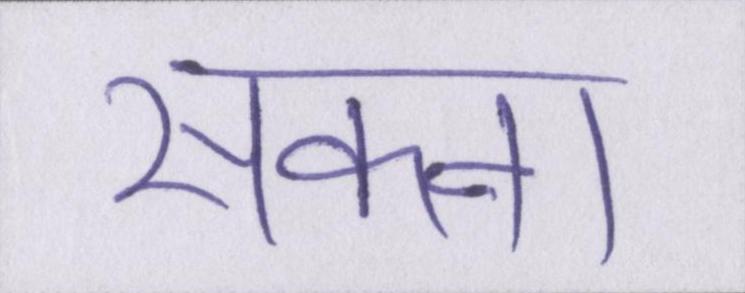
सकना